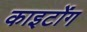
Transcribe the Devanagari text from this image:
काइटोंग